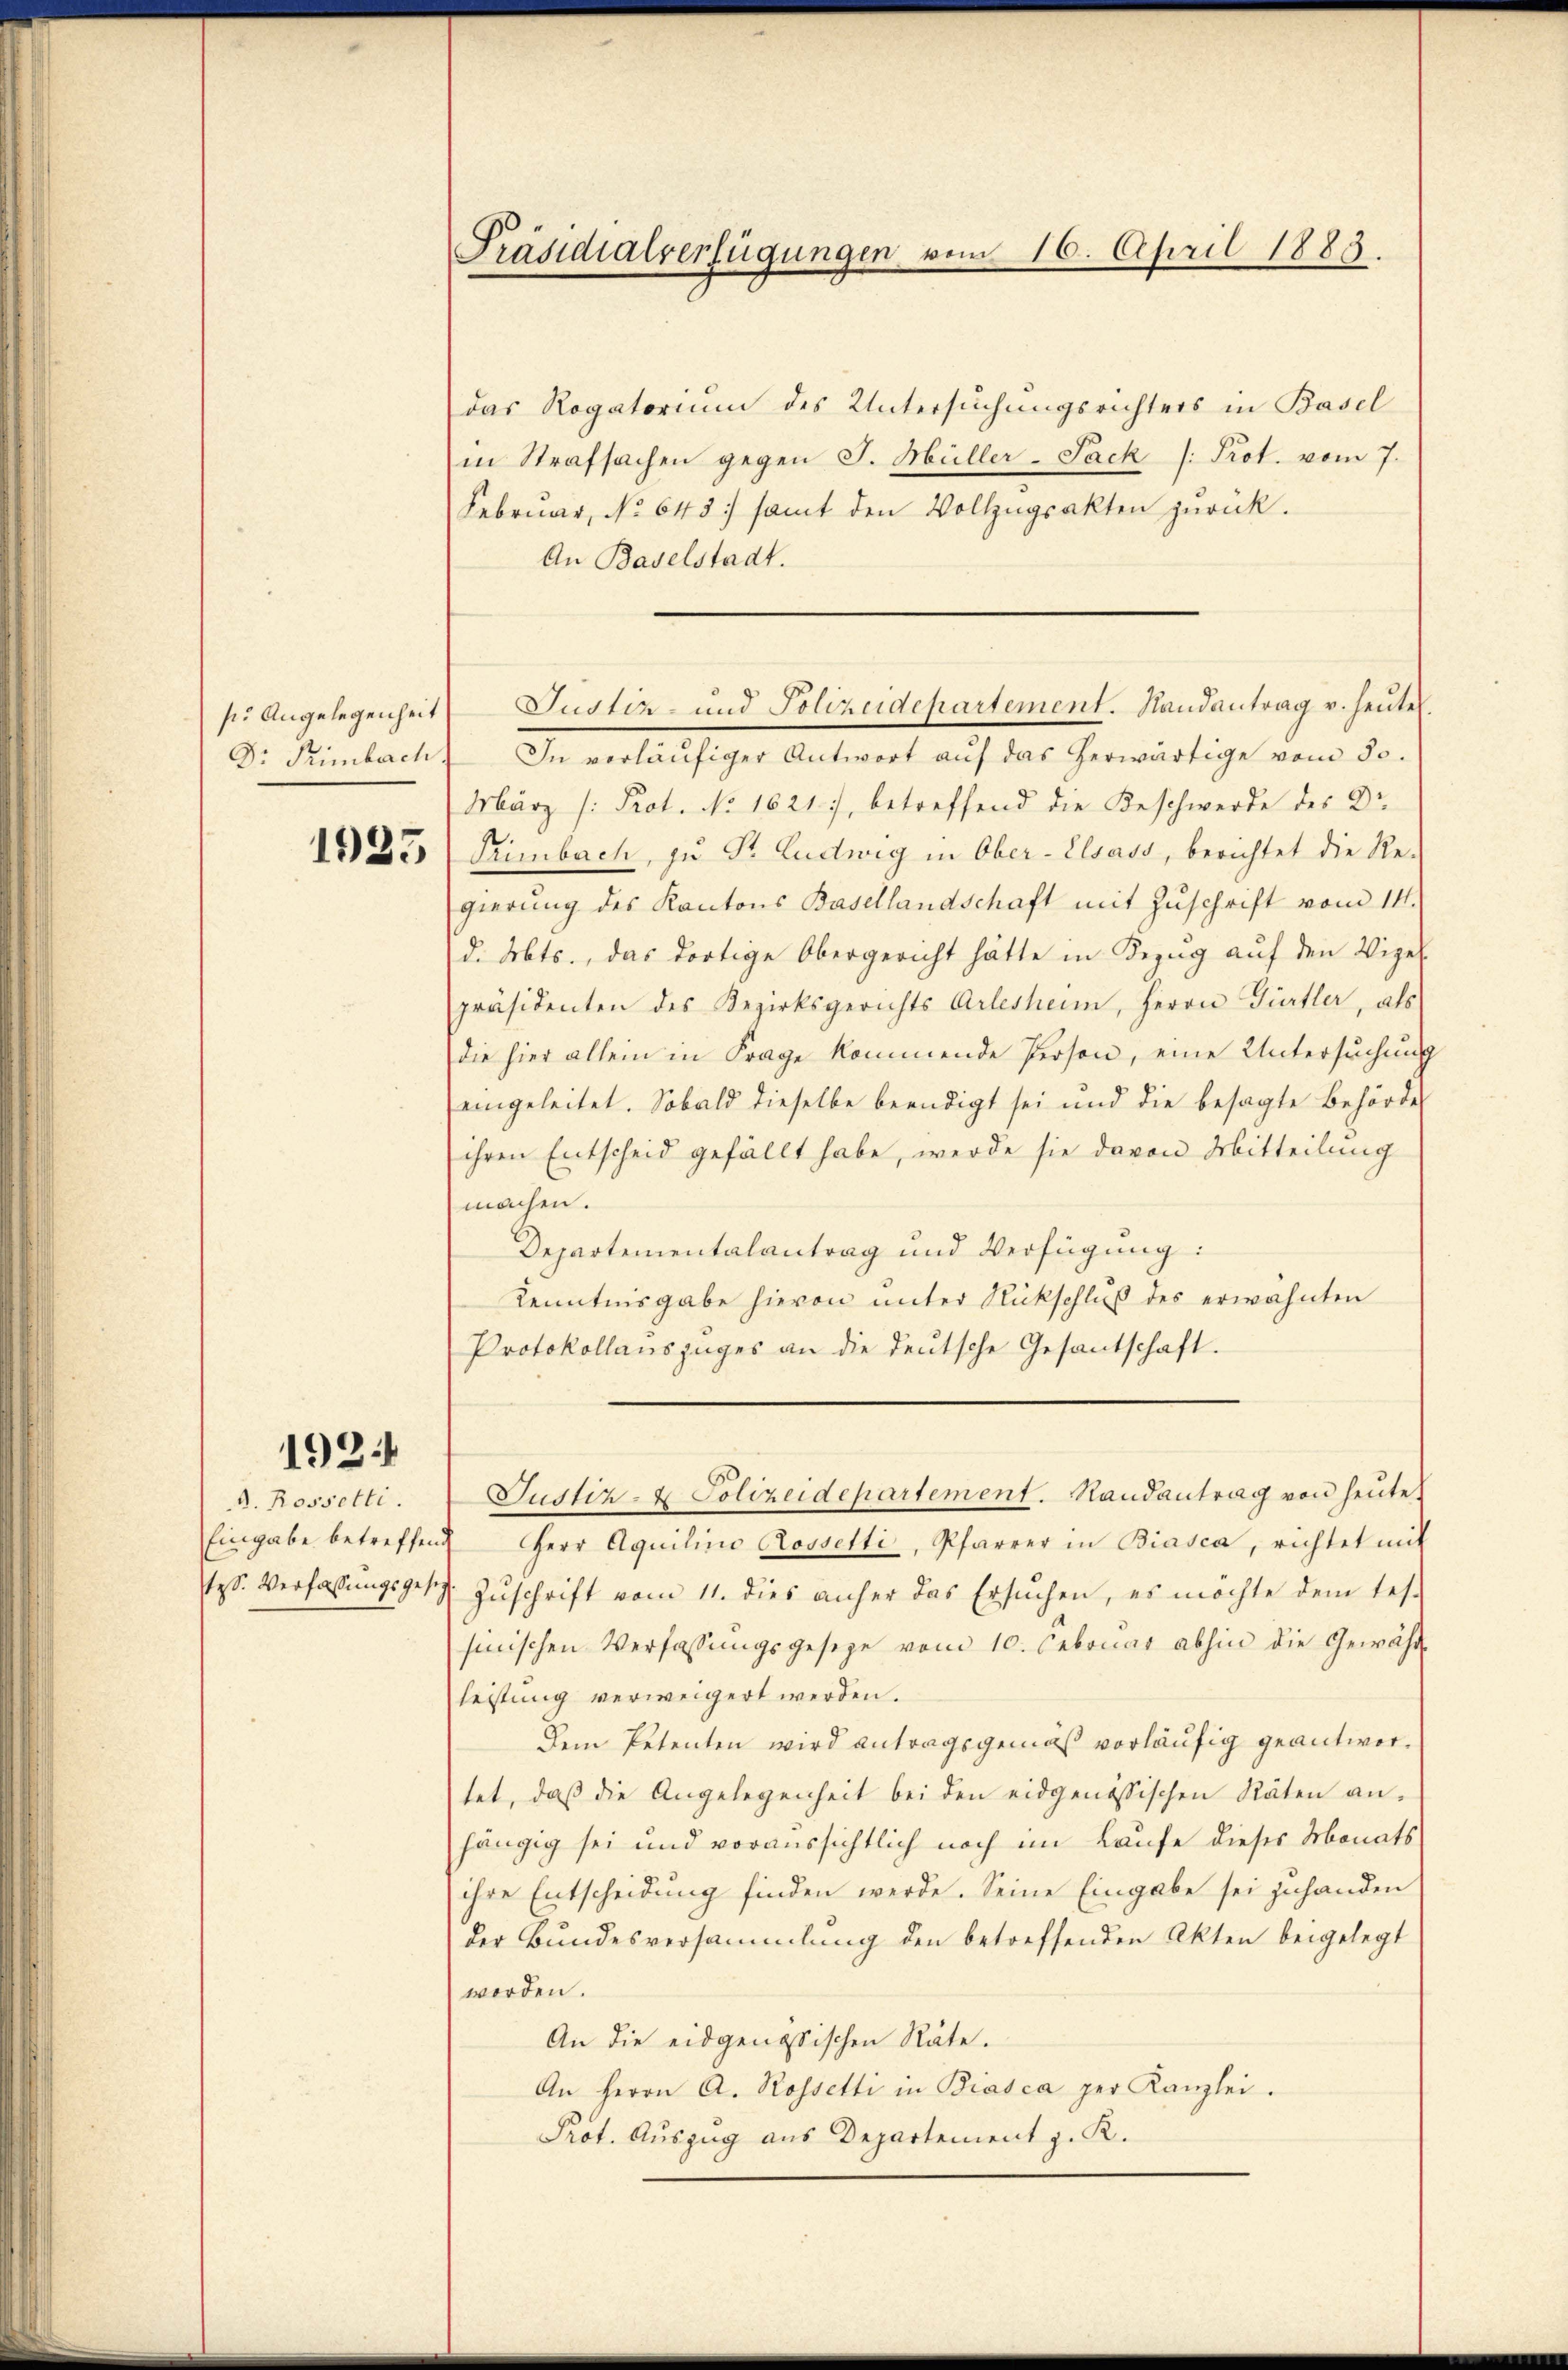
192

A. Rosselti.

das Rogatorium des Untersuchungsrichters in Basel
in Strafsachen gegen J. Müller-Sack (: Prot. vom 7.
Februar, No 645) samt den Vollzŭgsakten zŭrück.
An Baselstadt.
Dr. Primbach. In verläŭfiger Antwort aŭf das herwärtige vom 30.
März /: Prot. No 1621, betreffend die Beschwerde des Dr.
25 (Pimbach, zu Dr. Ludwig in Ober-Elsass, berichtet die Regierung des Kantons Basellandschaft mit Zuschrift vom 14.
d. Mts., das dortige Obergericht hätte in Bezug auf den Vizel
präsidenten des Bezirksgerichts Arlesheim, Herrn Fürtler, als
die hier allein in Frage kommende Person, eine Untersuchung
eingeleitet. Sobald dieselbe beendigt sei und die besagte Behörde
ihren Entscheid gefällt habe, werde sie davon Mitteilung
machen.
Departementalantrag und Verfügung:
Kenntnisgabe hievon unter Rückschluß des erwähnten
Protokollauszuges an die deutsche Gesantschaft.
Justiz- & Polizeidepartement. Randantrag von heute.
Eingabe betreffend Herr Aquilino Roosetti, Pfarrer in Biasca, richtet mit
tys. Verfassungsgesetz Zuschrift vom 11. dies anher das Ersuchen, es möchte dem Tes-
sinischen Verfassŭngsgesetze vom 10. Februar abhin die Gewähr
leistung verweigert werden.
Dem Petenten wird antragsgemäß vorläufig geantwortet, daβ die Angelegenheit bei den eidgenössischen Räten an-
hängig sei und voraussichtlich noch im Laufe dieses Monats
ihre Entscheidung finden werde. Seine Eingabe sei zuhanden
der Bundesversammlung den betreffenden Akten beigelegt
worden.
An die eidgenössischen Räte.
An Herrn A. Rossetti in Biasca per Kanzlei.
Prot. Auszug aus Departement z. K.

Präsidialverfügungen vom 16. April 1883.

se Angelegenheit Justiz- und Polizeidepartement. Randantrag v. heute